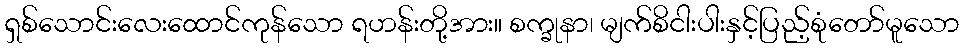
ရှစ်သောင်းလေးထောင်ကုန်သော ရဟန်းတို့အား။ စက္ခုနာ၊ မျက်စိငါးပါးနှင့်ပြည့်စုံတော်မူသော